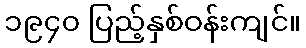
၁၉၄၀ ပြည့်နှစ်ဝန်းကျင်။